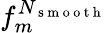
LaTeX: f_{m}^{N_{\mathrm{~s~m~o~o~t~h~}}}